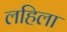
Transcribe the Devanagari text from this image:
लहिला